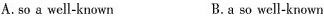
A.so a well-known B.a so well-known